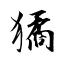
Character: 獝